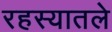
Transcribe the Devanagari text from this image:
रहस्यातले